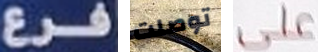
فرع توصلت على